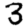
Digit: 3